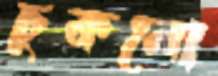
চুকনো